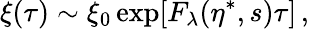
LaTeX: \xi(\tau)\sim\xi_{0}\exp[F_{\lambda}(\eta^{\ast},s)\tau]\, ,